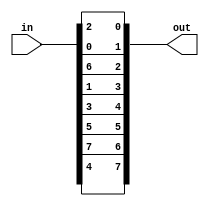
module IPinv (in, out);
input [0:7] in;
output [0:7] out;

assign out = {in[4-1], in[1-1], in[3-1], in[5-1], in[7-1], in[2-1], in[8-1], in[6-1]}; 
endmodule